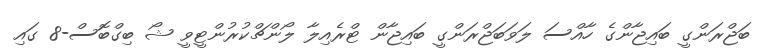
ބަޖްރަންގީ ބައިޖާންގެ ހާއްސަ ލަވަބަޖްރަންގީ ބައިޖާން ޓްރެއިލާ ލޯންޗްކުރުންޓީވީ ޝޯ ބިގްބޮސް-8 ގައި